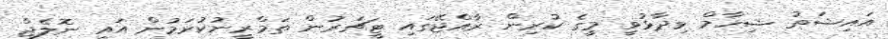
އައިޝަތު ޝިހާމް ވިދާޅުވީ މީގެ ކުރިން ރާއްޖޭގައި ޓީޗަރުން ތަމްރީނުކުރަމުން އައީ ނޮލެޖް